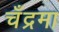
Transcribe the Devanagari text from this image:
चँद्रमा